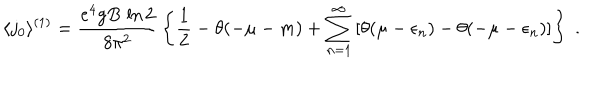
LaTeX: \langle j _ { 0 } \rangle ^ { ( 1 ) } = \frac { e ^ { 4 } g B \, \ln 2 } { 8 \pi ^ { 2 } } \, \left\{ \frac { 1 } { 2 } - \theta ( - \mu - m ) + \sum _ { n = 1 } ^ { \infty } \left[ \theta ( \mu - \epsilon _ { n } ) - \theta ( - \mu - \epsilon _ { n } ) \right] \right\} \; .